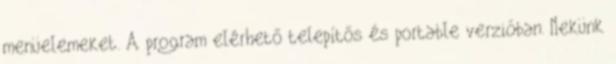
menüelemeket. A program elérhető telepítős és portable verzióban. Nekünk